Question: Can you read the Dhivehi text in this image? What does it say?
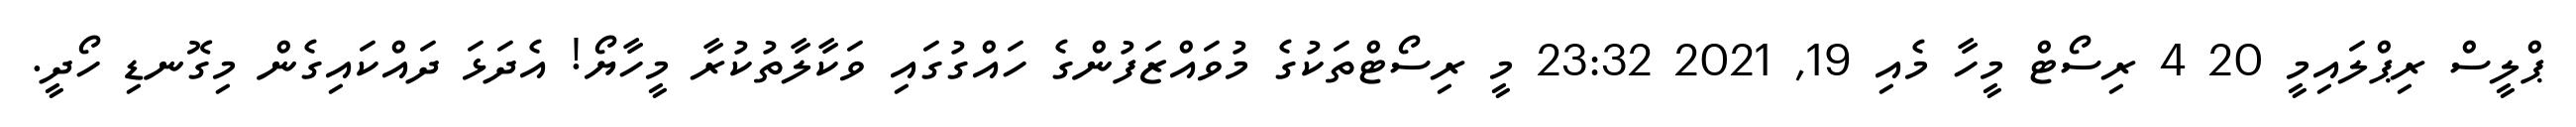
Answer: ޕްލީސް ރިޕްލައިމީ 20 4 ރިސޯޓް މީހާ މެއި 19, 2021 23:32 މީ ރިސޯޓްތަކުގެ މުވައްޒަފުންގެ ހައްގުގައި ވަކާލާތުކުރާ މީހާޔޯ! އެދަޅަ ދައްކައިގެން މިގޮނޑި ހޯދީ.